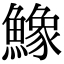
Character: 鱌